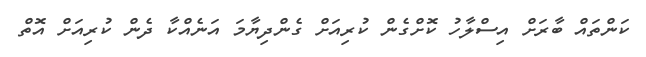
ކަންތައް ބާރަށް އިސްލާހު ކޮށްގެން ކުރިއަށް ގެންދިޔާމަ އަނެއްކާ ދެން ކުރިއަށް އޮތް